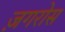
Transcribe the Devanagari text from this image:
ज़गरोस